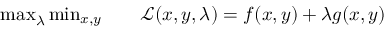
\begin{array} { r l } { \operatorname* { m a x } _ { \lambda } \operatorname* { m i n } _ { \substack { x , y } } \quad } & { { } \mathcal { L } ( x , y , \lambda ) = f ( x , y ) + \lambda g ( x , y ) } \end{array}